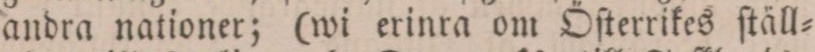
andra nationer; (wi erinra om Öſterrikes ſtäll=